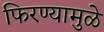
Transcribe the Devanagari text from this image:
फिरण्यामुळे